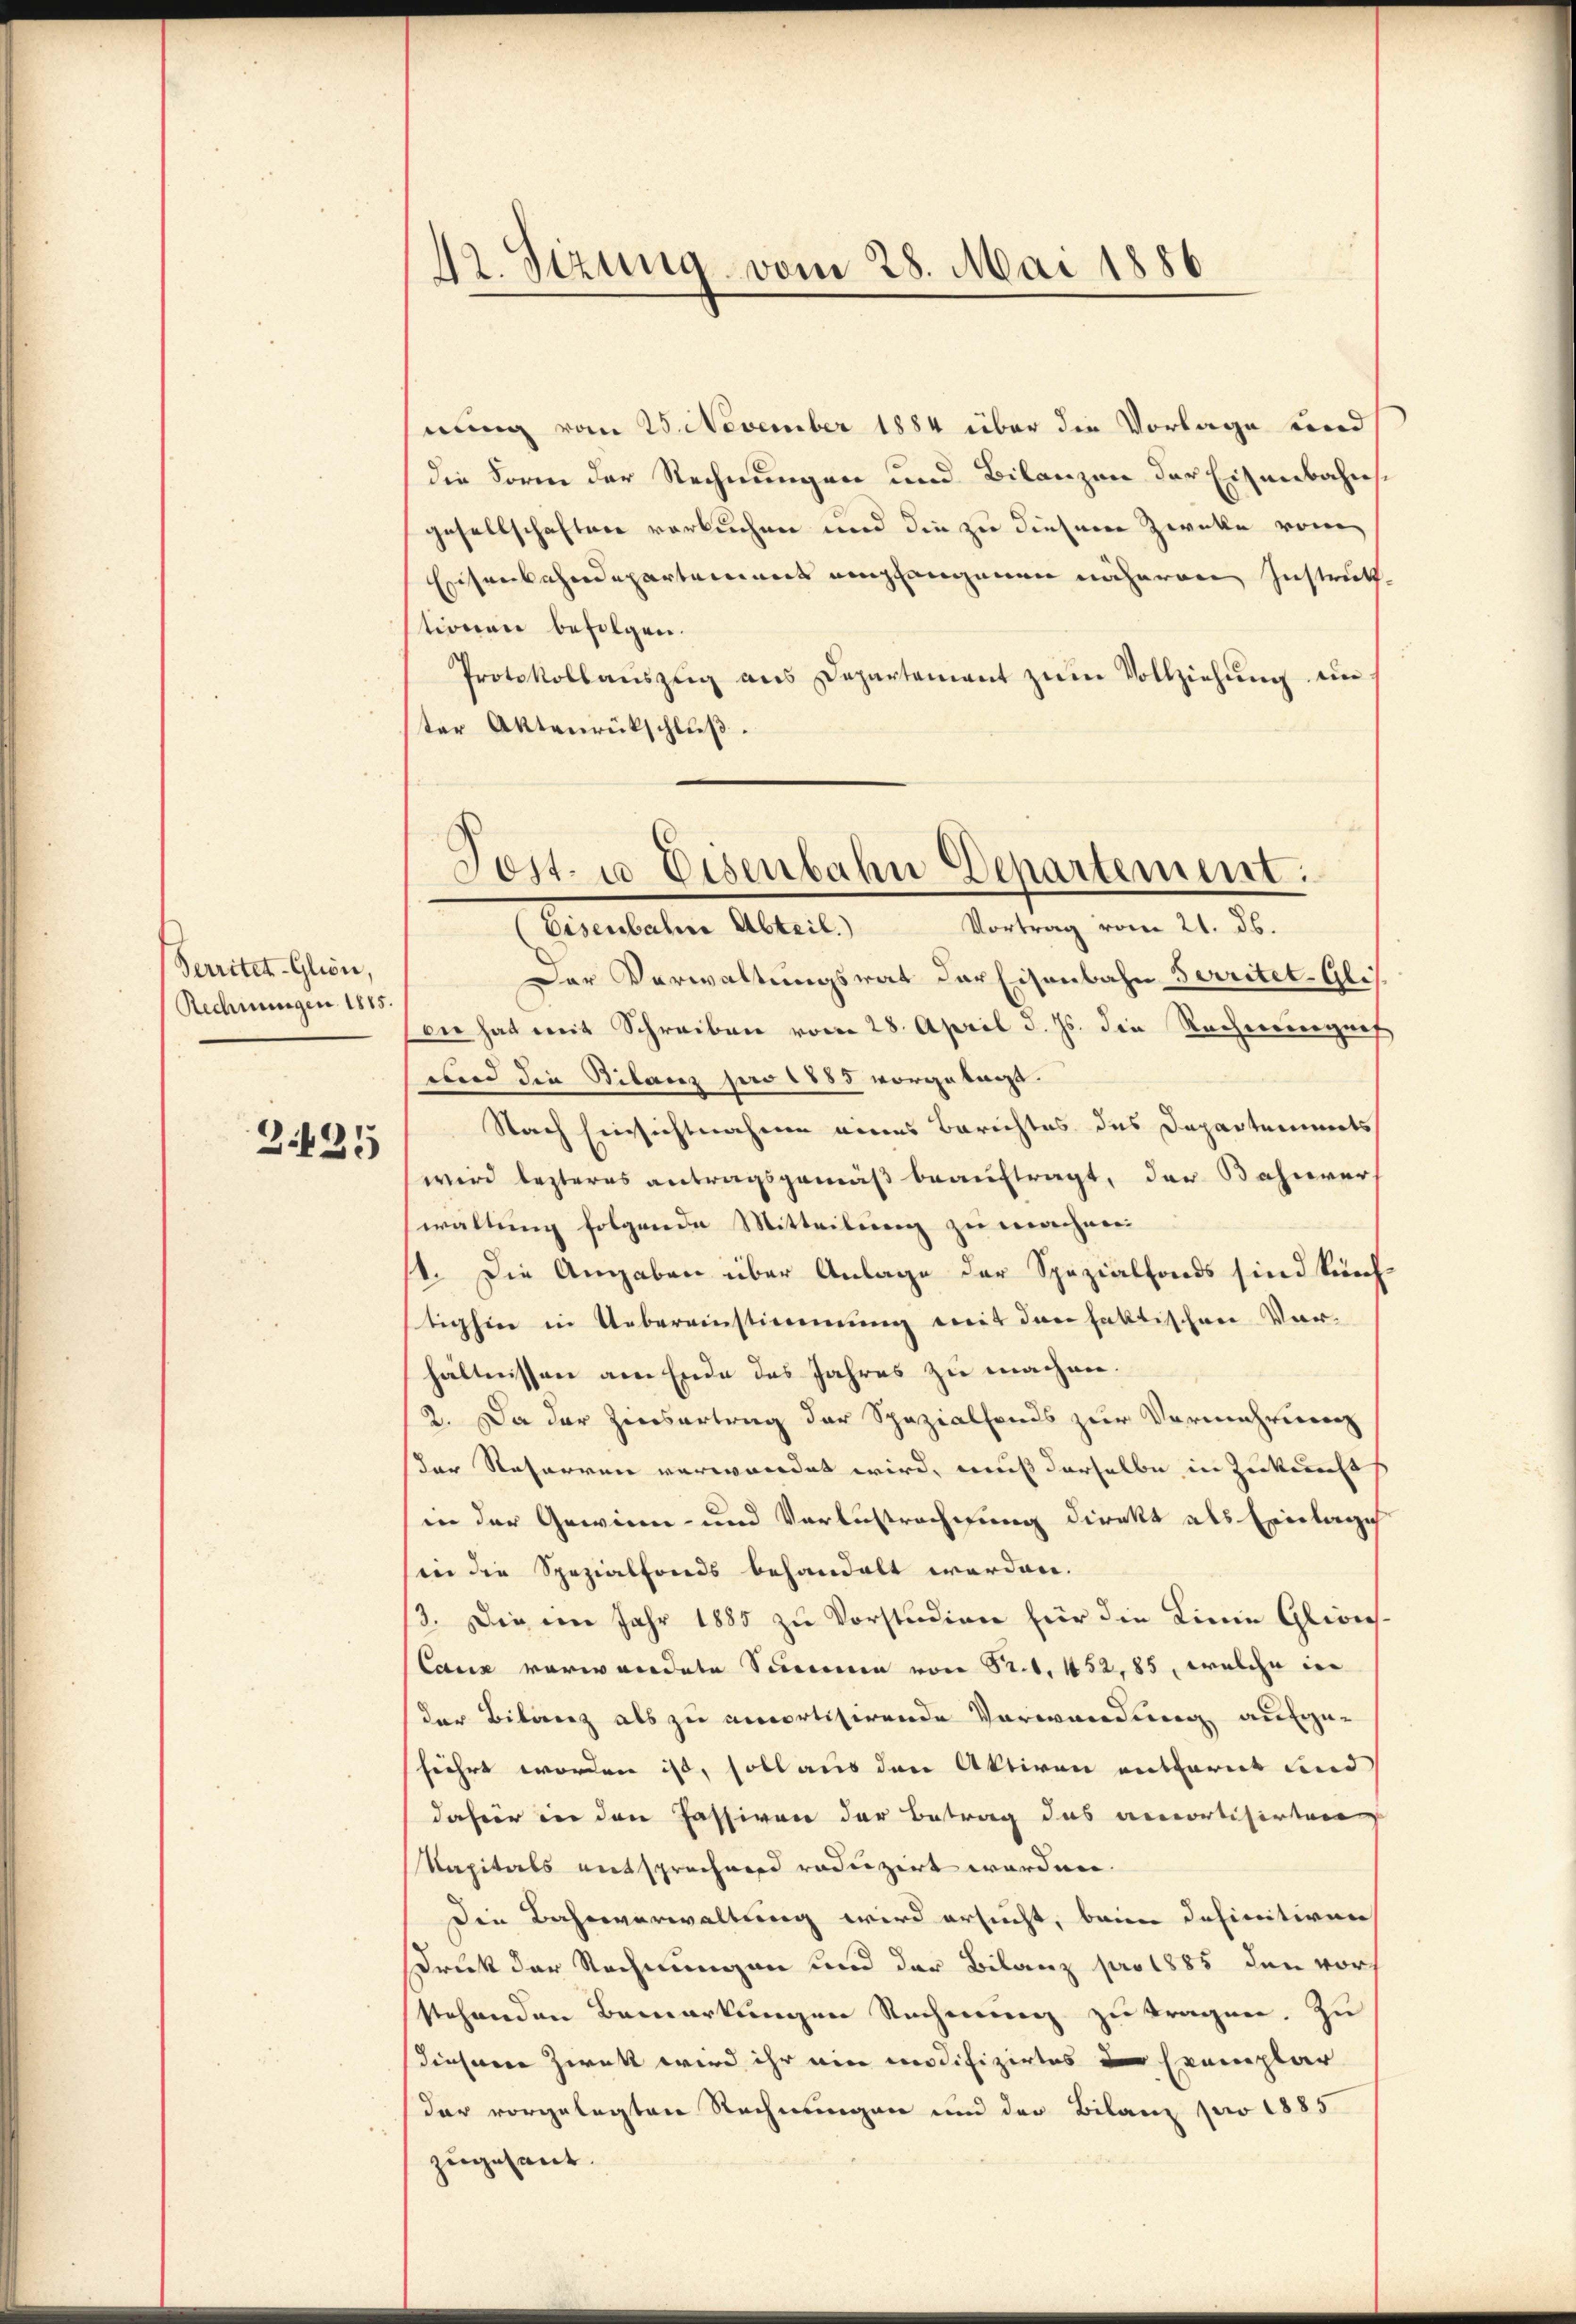
Territet-Glion,
Rechnungen 1815

3435

42. Sizung vom 28. Mai 1886

nung vom 25. November 1884 über die Vorlage und
die Form der Rechnungen und Bilanzen der Eisenbahns
gesellschaften vorkuchen und die zu diesem Zwecke von
Eisenbahndepartement empfangenen näheren Instrukt
tionen befolgen.
Protokollaŭszŭg ans Departement zŭm Vollziehŭng ein
ter Aktenrückschluß.
(Eisenbahne Abteil. Vortrag vom 21. ds.
Der Verwaltungsrat der Eisenbahn Territet-Glis.
die hat mit Schreiben vom 28. April d. Js. die Rechneeignef
wird die Bilanz per 1885 vorgetagt.
Nach Einsichtnahme eines Berichtes des Departements
wird lezteres antragsgemäß beauftragt, der Bahnver
waltung folgende Mitteilung zu machen
1. Die Angaben über Anlage der Spezialfonds sind künf
tighier in Uebereinstimmung mit der faktischen Ver-
hältnissen am Ende des Jahres zu machen.
2. Da der Zinsertrag der Spezialfonds zur Vermehrung
er Reharren verwandet wird, muß derselbe in Zukunft
in der Gewinn- und Verlustrechnung direkt als Einlage
in die Spezialfonds behandelt werden.
13. Die vom Jahr 1885 zu Vorstudien für die Linie Gleich-
Cauz vorwandete Simmen von Sr. 452,85, welche in
der Bilanz als zu emportisirende Verwandung aufge-
fuehrt worden ist, soll aus den Aktiven entwarnt und
dahier in den Passiven der Betrag das amortisirten
Kapitals entsprechend reduzirt worden.
Die Bahnverwaltung wird ersucht, beim definitiven
Druck der Rechnungen und der Bilanz pro 1885 den vorstehenden Bemerkungen Rechnung zu tragen. Zu
diesene Zweck wird ihr ein modifizirtes der Exemplar
dar vorgelegten Rechnungen und der Bilanz pro 1885
zugesant.

Tost. 10 Eisenbahn Departement: